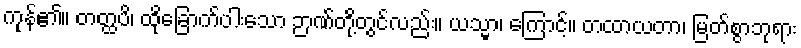
ကုန်၏။ တတ္ထပိ၊ ထိုခြောက်ပါးသော ဉာဏ်တို့တွင်လည်း။ ယသ္မာ၊ ကြောင့်။ တထာယတာ၊ မြတ်စွာဘုရား